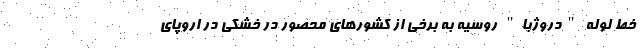
خط لوله "دروژبا" روسیه به برخی از کشورهای محصور در خشکی در اروپای